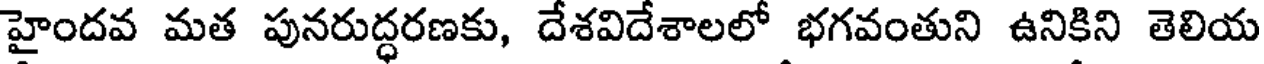
హైందవ మత పునరుద్ధరణకు, దేశవిదేశాలలో భగవంతుని ఉనికిని తెలియ